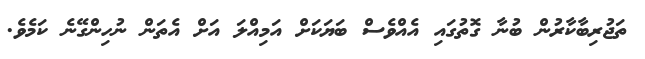
ތަޖުރިބާކާރުން ބުނާ ގޮތުގައި އެއްވެސް ބަޔަކަށް އަމިއްލަ އަށް އެތަން ނުހިންގޭނެ ކަމެވެ.